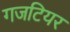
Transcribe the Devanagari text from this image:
गजटियर